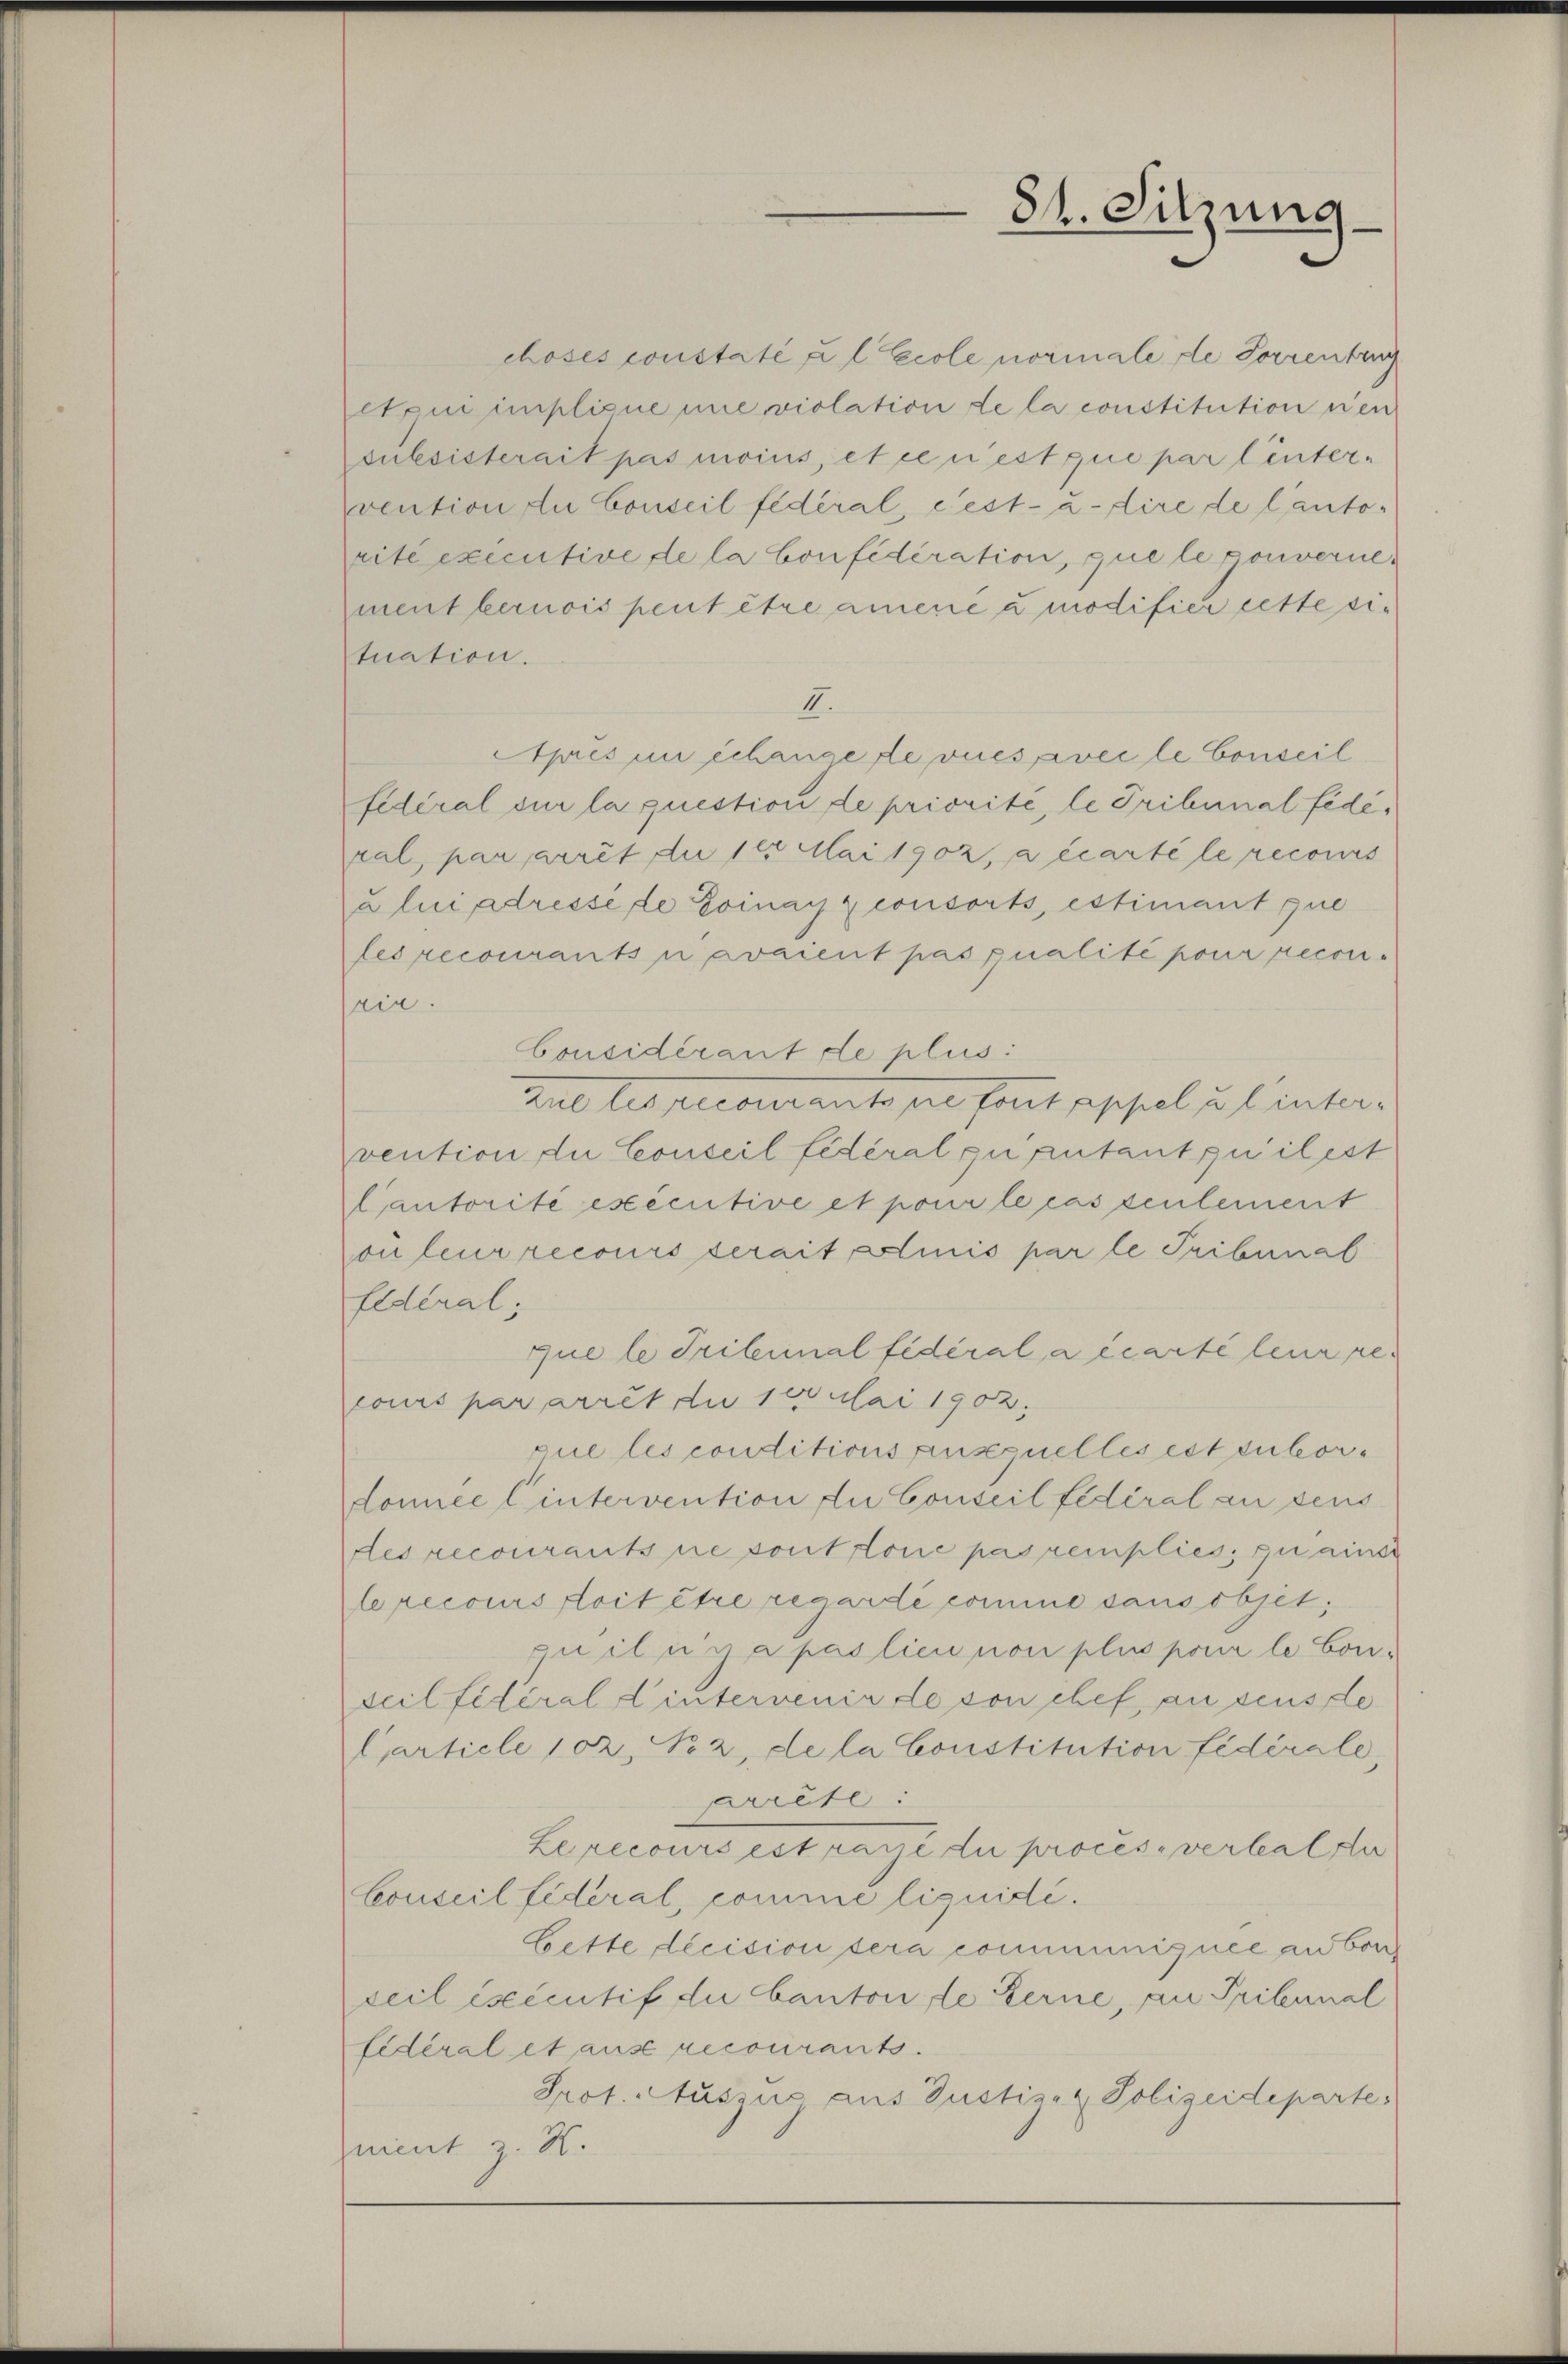
choses constaté u l Ecole normale de Sorrenting
qui implisie nie violation de la constitution nen
subsisterait pas moins, et ce n’est que par linter-
vention der Conseil fédéral, c’est-à-dire de lauto-
rité executive de la Confideration, que le pouverne
ment bernois peut être amene à modifier cette situation.
II.
Apris in Schange de vues avec le Conseil
fidéral sur la question de priorité, le Tribunal fédékal, par arret die 100 Mai 1902, a écarte le recours
a lui adresséde Poinay consorts, estimant que
les recourants u avaient pas qualité pour reconrir.
Considérant de plus:
Aut les pecourante es sont geschel zu Einter-
vention du Conseil fédéral quantant quilest
Cautorité exécutive et pour le cas seulement
ouleur recours serait clinis par le Tribunal
Eidéral;
que le Tribunal fédéral a écarte leur pe
cours par arrêt du 100 Mai 1902.
que les conditions ausquelles est subordonnée Cintervention die Conseil fédéral an dens
des recourants ne sont tone pas remplies, zu ainsi
lrecours doit être regardé comme sans objet,
quilina pas lieu non plus pour le Conseil fitéral d intervenir de von chef an seuste
Carticle 102, No 2, de la Constitution fédérale,
rrête:
Lepecours est paye die proces. verhalde
Conseil fideral, comme liquidé.
Bette decision sera communiquee an bon
seil esecutif die Canton de Berne, an Pribunal
fidéral et aus recourants.
Prof. Auszus aus Justiz- & Polizeideparte:
uient z. R.

82. Sitzung
5